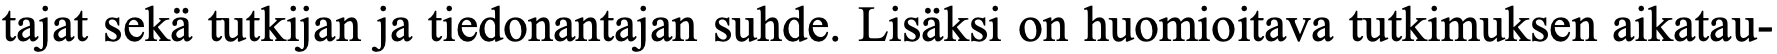
tajat sekä tutkijan ja tiedonantajan suhde. Lisäksi on huomioitava tutkimuksen aikatau-